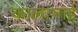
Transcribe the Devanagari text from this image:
कालाभाई